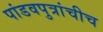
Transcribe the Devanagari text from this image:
पांडवपुत्रांचीच